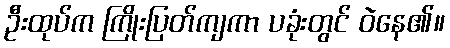
ဦးထုပ်က ကြိုးပြတ်ကျကာ ပခုံးတွင် ဝဲနေ၏။